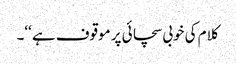
کلام کی خوبی سچائی پر موقوف ہے ‘‘۔